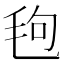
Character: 𪵙